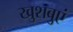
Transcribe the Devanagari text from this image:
खुशबुएं